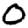
Digit: 0